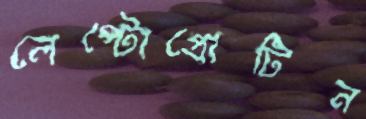
লেপ্টোপ্রোটিন